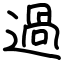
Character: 過